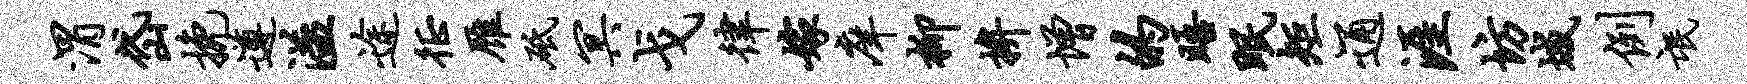
渭岱挽遵溢途徵雁砥冥戈律嫁庠柳拚增的晤眠矩通涯坊城例氓